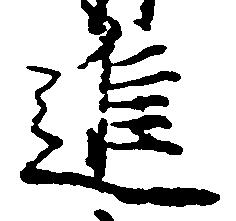
進